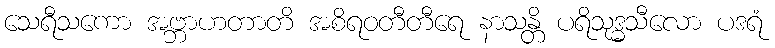
သေရီသကော အဗ္ဘာဟတာတိ အစိရဝတီတီရေ နာသန္တိ ပရိသုဒ္ဓသီလော ပဒရံ